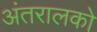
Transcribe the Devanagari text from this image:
अंतरालको